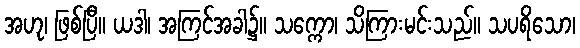
အဟု၊ ဖြစ်ပြီ။ ယဒါ၊ အကြင်အခါ၌။ သက္ကော၊ သိကြားမင်းသည်။ သပရိသော၊